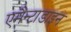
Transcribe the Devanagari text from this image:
एमैन्टाडाइन